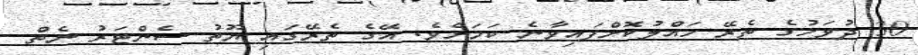
30 ދުވަހުގެ ތެރޭ ހައްލުކޮށްފައިވާނެ ކަމަށެވެ. އޭގެ ތެރޭގައި ޔޫތު ސެންޓަރު ނެތް